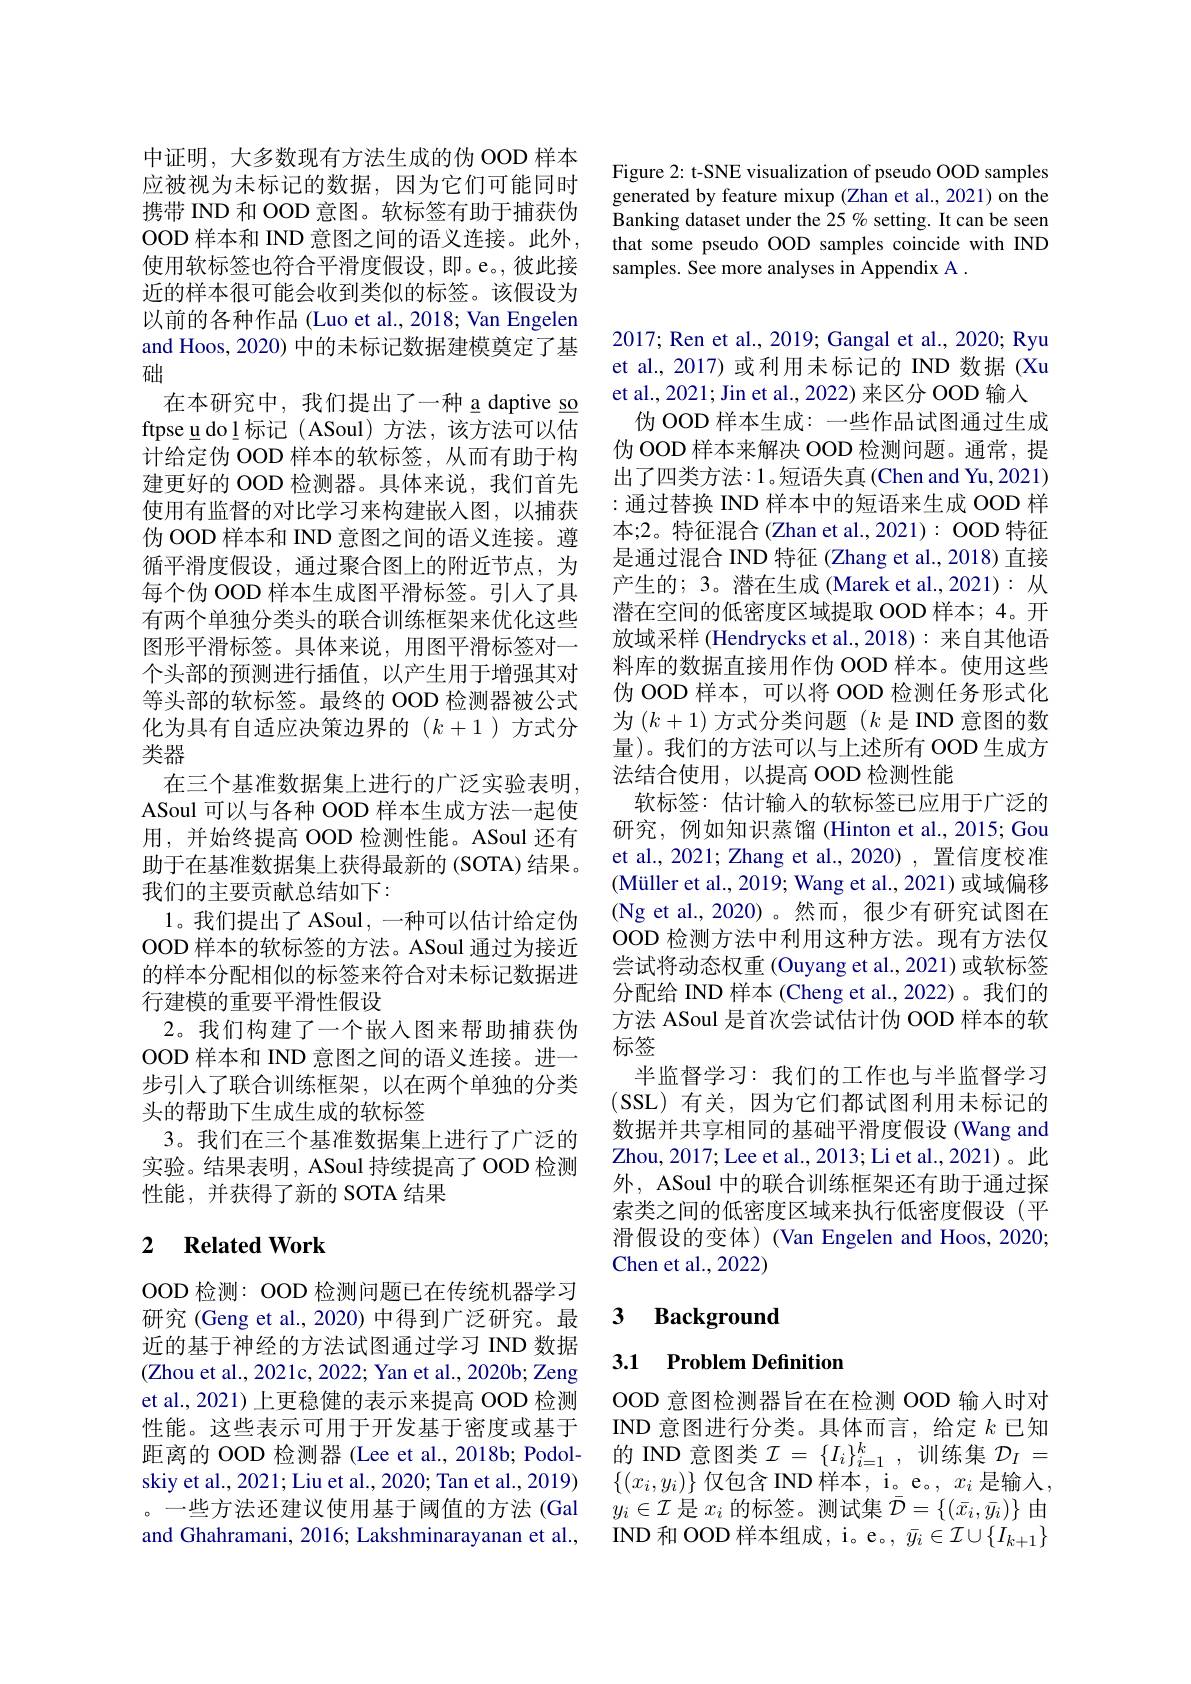
中证明，大多数现有方法生成的伪 OOD 样本应被视为未标记的数据，因为它们可能同时携带 IND 和 OOD 意图。软标签有助于捕获伪OOD 样本和 IND 意图之间的语义连接。此外， 使用软标签也符合平滑度假设，即。e。,彼此接近的样本很可能会收到类似的标签。该假设为以前的各种作品 (Luo et al., 2018; Van Engelen and Hoos, 2020) 中的未标记数据建模奠定了基础
在本研究中，我们提出了一种 a daptive so ftpse u dol 标记( ASoul) 方法，该方法可以估计给定伪 OOD 样本的软标签，从而有助于构建更好的 OOD 检测器。具体来说，我们首先使用有监督的对比学习来构建嵌入图，以捕获伪 OOD 样本和 IND 意图之间的语义连接。遵循平滑度假设，通过聚合图上的附近节点，为每个伪 OOD 样本生成图平滑标签。引人了具有两个单独分类头的联合训练框架来优化这些图形平滑标签。具体来说，用图平滑标签对一个头部的预测进行插值，以产生用于增强其对等头部的软标签。最终的 OOD 检测器被公式化为具有自适应决策边界的$(k+1)$方式分类器
在三个基准数据集上进行的广泛实验表明， ASoul 可以与各种 OOD 样本生成方法一起使用，并始终提高 OOD 检测性能。ASoul 还有助于在基准数据集上获得最新的 (SOTA) 结果。我们的主要贡献总结如下：
1。我们提出了 ASoul, 一种可以估计给定伪OOD 样本的软标签的方法。ASoul 通过为接近的样本分配相似的标签来符合对未标记数据进行建模的重要平滑性假设
2。我们构建了一个嵌入图来帮助捕获伪OOD 样本和 IND 意图之间的语义连接。进一步引入了联合训练框架，以在两个单独的分类头的帮助下生成生成的软标签
3。我们在三个基准数据集上进行了广泛的实验。结果表明，ASoul 持续提高了 OOD 检测性能，并获得了新的 SOTA 结果

### 2 $\textbf{Related Work}$

OOD 检测：OOD 检测问题已在传统机器学习研究 (Geng et al., 2020) 中得到广泛研究。最近的基于神经的方法试图通过学习 IND 数据(Zhou et al., 2021c, 2022; Yan et al., 2020b; Zeng et al., 2021) 上更稳健的表示来提高 OOD 检测性能。这些表示可用于开发基于密度或基于距离的 OOD 检测器 (Lee et al., 2018b; Podolskiy et al., 2021; Liu et al., 2020; Tan et al., 2019) ,-些方法还建议使用基干阈值的方法(Gal and Ghahramani, 2016; Lakshminarayanan et al.,

Figure 2: t-SNE visualization of pseudo OOD samples generated by feature mixup (Zhan et al., 2021) on the Banking dataset under the 25 % setting. It can be seen that some pseudo OOD samples coincide with IND samples. See more analyses in Appendix A .

2017; Ren et al., 2019; Gangal et al., 2020; Ryu et al.,2017)或利用未标记的 IND 数据 (Xu et al., 2021; Jin et al., 2022) 来区分 OOD 输人
伪 OOD 样本生成：一些作品试图通过生成伪 OOD 样本来解决 OOD 检测问题。通常，提出了四类方法：1。短语失真(Chen and Yu,2021) :通过替换 IND 样本中的短语来生成 OOD 样本；2。特征混合(Zhan et al.,2021): OOD 特征是通过混合 IND 特征 (Zhang et al., 2018) 直接产生的；3。潜在生成 (Marek et al.,2021): 从潜在空间的低密度区域提取 OOD 样本；4。开放域采样 (Hendrycks et al.,2018): 来自其他语料库的数据直接用作伪 OOD 样本。使用这些伪 OOD 样本，可以将 OOD 检测任务形式化为$(k+1)$方式分类问题$(k$是 IND 意图的数量)。我们的方法可以与上述所有 OOD 生成方法结合使用，以提高 OOD 检测性能
软标签：估计输入的软标签已应用于广泛的研究，例如知识蒸馏(Hinton et al.,2015; Gou et al., 2021; Zhang et al., 2020) , 置信度校准(Müller et al., 2019; Wang et al., 2021) 或域偏移(Ng et al.,2020)。然而，很少有研究试图在OOD 检测方法中利用这种方法。现有方法仅尝试将动态权重 (Ouyang et al., 2021) 或软标签分配给 IND 样本 (Cheng et al.,2022)。我们的方法 ASoul 是首次尝试估计伪 OOD 样本的软标签
半监督学习：我们的工作也与半监督学习(SSL)有关，因为它们都试图利用未标记的数据并共享相同的基础平滑度假设(Wang and Zhou, 2017; Lee et al., 2013; Li et al., 2021)。此外，ASoul 中的联合训练框架还有助于通过探索类之间的低密度区域来执行低密度假设(平滑假设的变体)(Van Engelen and Hoos, 2020; Chen et al., 2022)

### 3 $\textbf{Background}$

3.1 Problem Definition

OOD 意图检测器旨在在检测 OOD 输入时对IND 意图进行分类。具体而言，给定$k$已知的 IND 意图类$\mathcal{I}=\{I_i\}_i=1^k$,训练集$\mathcal{D}_I=$ $\{(x_i,y_i)\}$ 仅包含 IND 样本，i。e。$,x_i$ 是输入， $y_i\in\mathcal{I}$是$x_i$的标签。测试集$\bar{\mathcal{D}}=\left\{(\bar{x}_i,\bar{y}_i)\right\}$由IND 和 OOD 样本组成，i。e。, $\bar{y}_i\in\mathcal{I}\cup\{I_k+1\}$